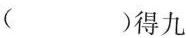
（)得九